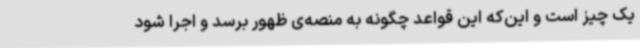
یک چیز است و این‌که این قواعد چگونه به منصه‌ی ظهور برسد و اجرا شود